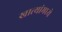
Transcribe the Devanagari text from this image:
खात्यांमध्ये